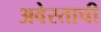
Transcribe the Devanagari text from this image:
अवेस्ताची